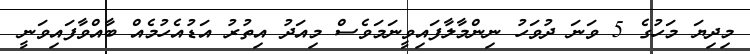
މިދިޔަ މަހުގެ 5 ވަނަ ދުވަހު ނިންމާލާފައިވީނަމަވެސް މިއަދު އިތުރު އަޑުއެހުމެއް ބާއްވާފައިވަނީ